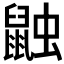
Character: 𪕕